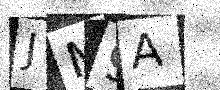
Text: JM9A